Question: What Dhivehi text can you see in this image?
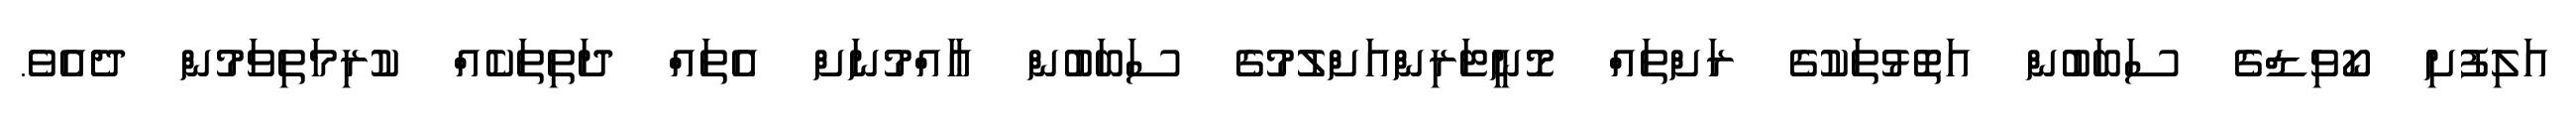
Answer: އަލިފުށި ކޯވިޑްގެ ސަބަބުން އަތޮޅުތަކުގެ ރަށްތައް މޮނީޓަރިންއަށްލުމުގެ ސަބަބުން ޢާއްމުނަށް އެތައް ދަތިތަކެއް ކުރިމަތިވަމުން ދެއެވެ.